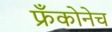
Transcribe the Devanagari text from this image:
फ्रँकोनेच